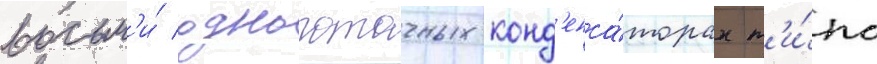
восьм'и́ однопоточных конд'енса́торах т'и́па